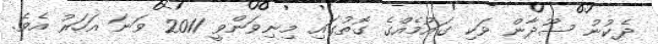
ދެކުނު ސޫދާން ވަކި ގައުމެއްގެ ގޮތުގައި މިނިވަންވީ 2011 ވަނަ އަހަރު އެވެ.